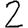
Digit: 2